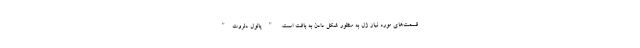
قسمت‌های مورد نیاز ژل به منظور شکل دادن به بافت است. "پائول دلروت"